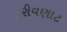
ફરીવણાટ